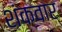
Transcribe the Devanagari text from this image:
शंकवार